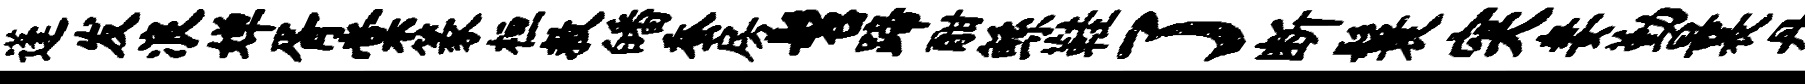
蓬发浪婵胥棠篆桓救皤蚕房髫蹄酣鲧鞋了断鬟突妻勤曩丹槎